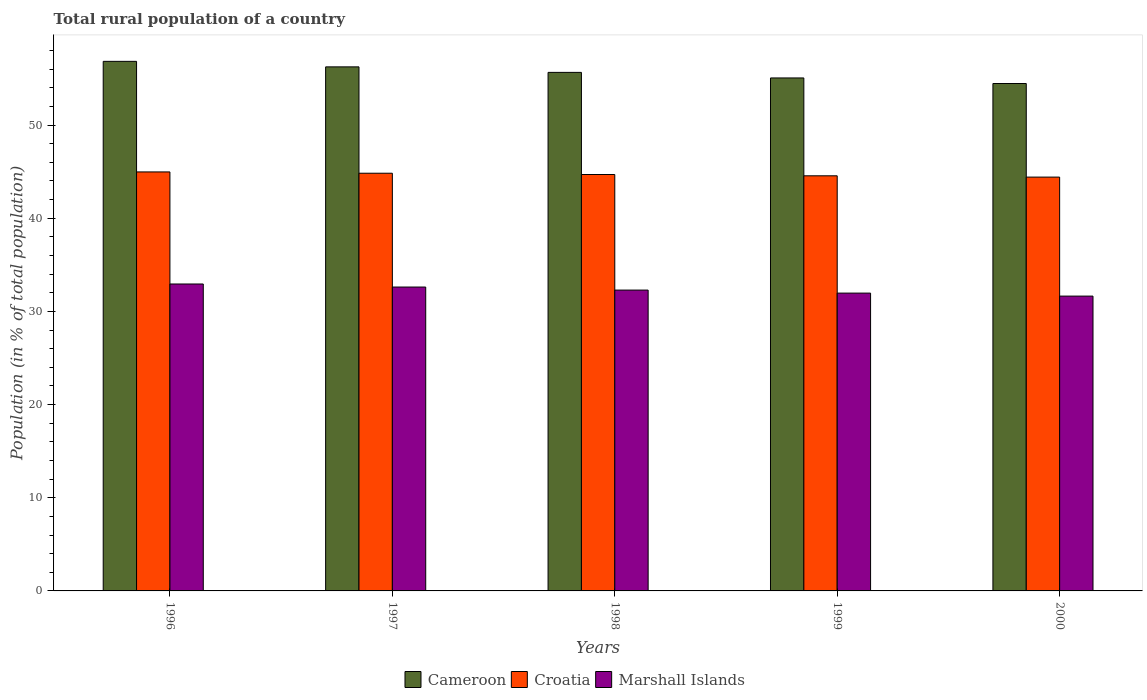
| Years | Cameroon | Croatia | Marshall Islands |
 | --- | --- | --- | --- |
 | 1996 | 56.8 | 45 | 32.9 |
 | 1997 | 56.2 | 44.8 | 32.6 |
 | 1998 | 55.7 | 44.7 | 32.3 |
 | 1999 | 55.1 | 44.6 | 32 |
 | 2000 | 54.5 | 44.4 | 31.6 |